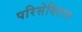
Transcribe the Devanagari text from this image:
परिसेविताम